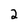
Character: 2